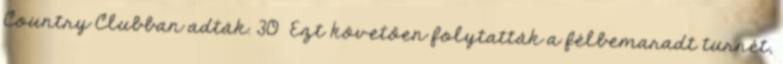
Country Clubban adták. 30 Ezt követően folytatták a félbemaradt turnét,